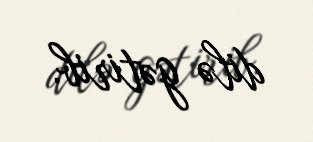
dilə gətirib.